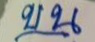
บน